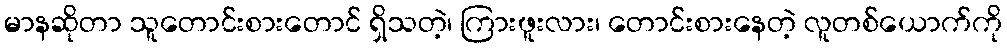
မာနဆိုတာ သူတောင်းစားတောင် ရှိသတဲ့၊ ကြားဖူးလား၊ တောင်းစားနေတဲ့ လူတစ်ယောက်ကို